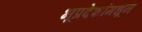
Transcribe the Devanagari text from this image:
भूप्रदेशांमधून